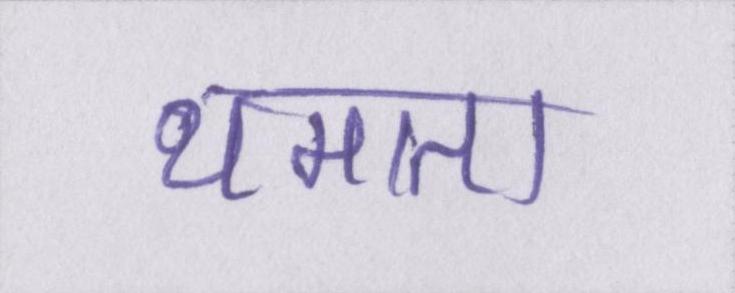
थमाता